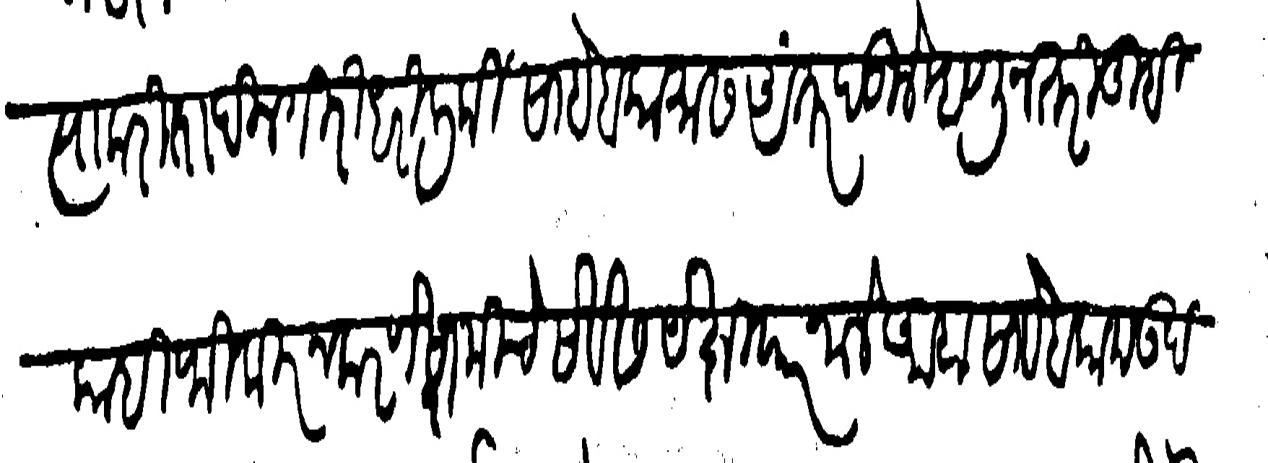
Transliteration (Devanagari): त्याकरिता दिलगिरी धरिली की साहेबकामास अंतर पडिले म्हणून तरी तुम्ही काही फिकीर न करणे स्वामीचे सेवेस येक्षियार जाले आहा साहेब काम उदंड